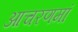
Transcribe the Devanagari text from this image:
आचरणमां